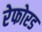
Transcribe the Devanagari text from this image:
रेफोरड